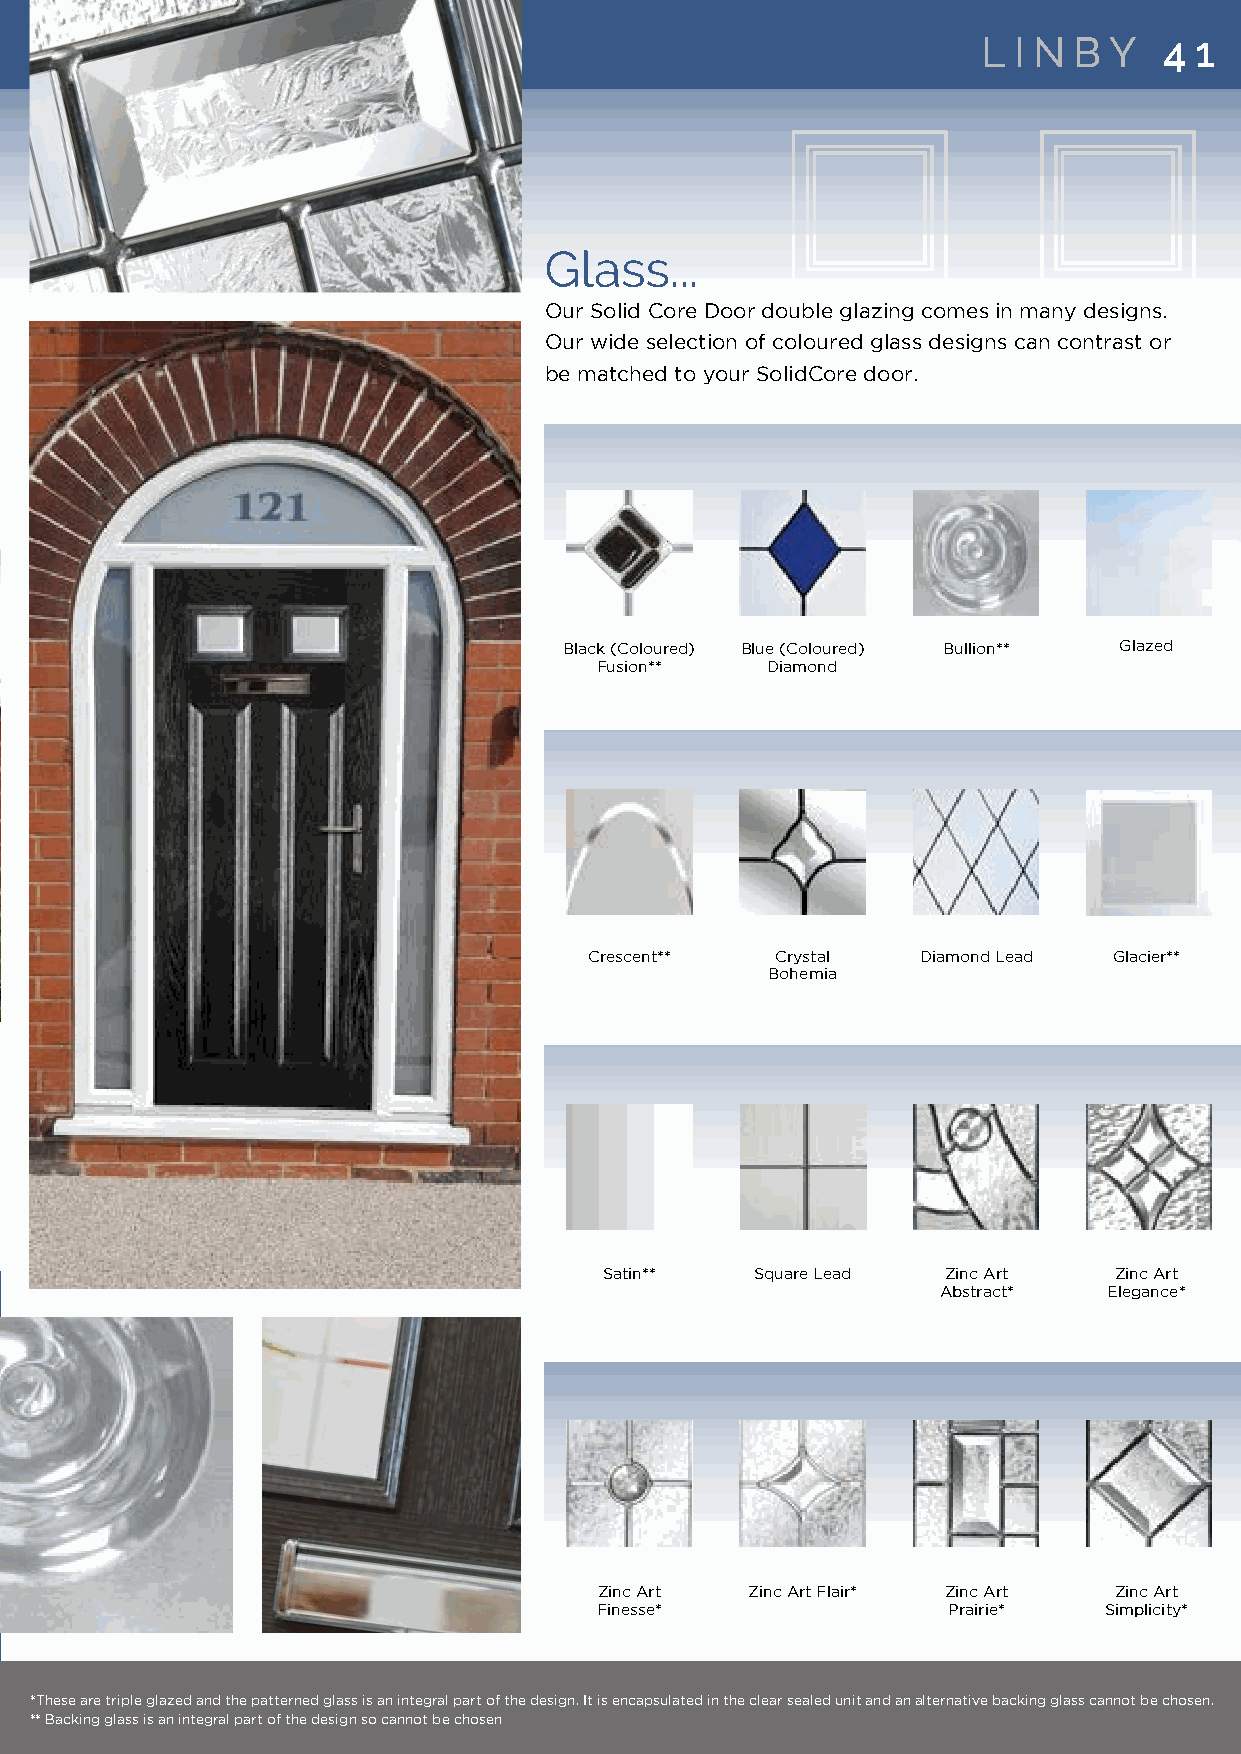
L I N B Y   4 1
 Glass...
 Our Solid Core Door double glazing comes in many designs.
 Our wide selection of coloured glass designs can contrast or
 be matched to your SolidCore door.
 Black (Coloured) Blue (Coloured) Bullion** Glazed
 Fusion**    Diamond
 Crescent**  Crystal   Diamond Lead Glacier**
 Bohemia
 Satin**   Square Lead  Zinc Art   Zinc Art
 Abstract*  Elegance*
 Zinc Art  Zinc Art Flair* Zinc Art Zinc Art
 Finesse*               Prairie*  Simplicity*
 *These are triple glazed and the patterned glass is an integral part of the design. It is encapsulated in the clear sealed unit and an alternative backing glass cannot be chosen.
 ** Backing glass is an integral part of the design so cannot be chosen